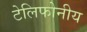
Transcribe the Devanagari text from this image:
टेलिफोनीय